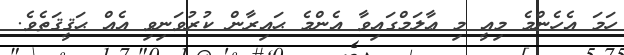
ހަމަ އެހެންމެ މިއީ މި ޢާލަމްގައިވާ އެންމެ ޙައިރާން ކުރުވަނިވި އެއް ޙަޤީޤަތެވެ.